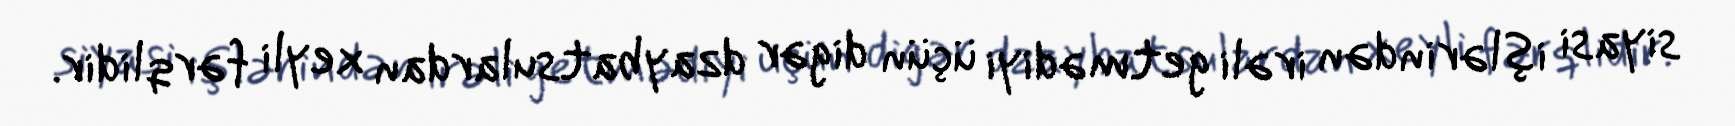
siyasi işlərindən irəli getmədiyi üçün digər dzaybatsulardan xeyli fərqlidir.